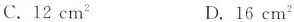
C.12cm^{2} D.16cm^{2}。